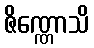
ဇိဏ္ဏောသိ